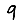
Digit: 9